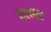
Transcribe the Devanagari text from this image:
मल्लार